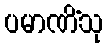
ပမာဏိံသု